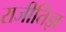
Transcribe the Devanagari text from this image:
राजीतिज्ञ